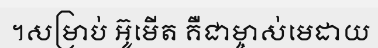
។សម្រាប់ អ៊ូមើត គឺជាម្ចាស់មេដាយ